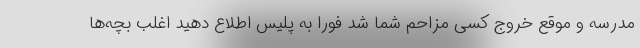
مدرسه و موقع خروج کسی مزاحم شما شد فورا به پلیس اطلاع دهید اغلب بچه‌ها